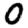
Digit: 0